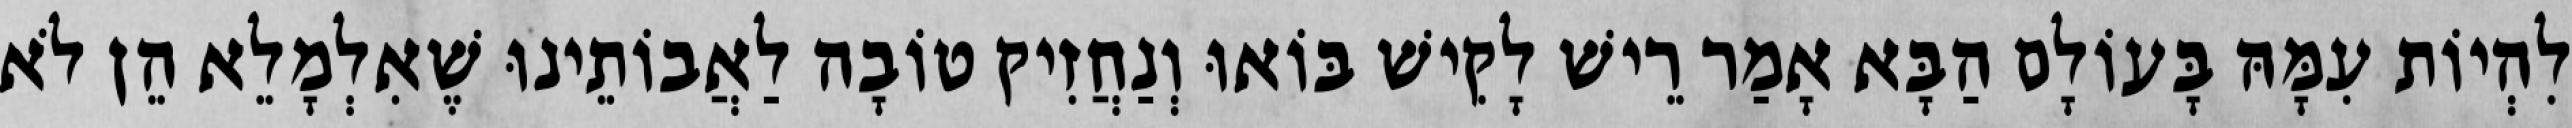
לִהְיוֹת עִמָּהּ בָּעוֹלָם הַבָּא אָמַר רֵישׁ לָקִישׁ בּוֹאוּ וְנַחֲזִיק טוֹבָה לַאֲבוֹתֵינוּ שֶׁאִלְמָלֵא הֵן לֹא